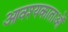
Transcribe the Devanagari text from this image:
आवश्यकाताओं